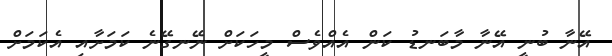
އޭނާ ބުނީ އޭނާ މާބަނޑު ކަން އެއްވެސް މީހަކަށް ނޭނގޭނެ ކަމަށާއި އެކަމަށް